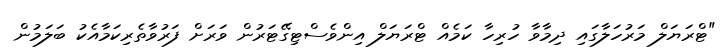
"ޓްރަޔަލް މަރުހަލާގައި ދިމާވާ ހުރިހާ ކަމެއް ޓްރަޔަލް އިންވެސްޓިގޭޓަރުން ވަރަށް ފަރުވާތެރިކަމާއެކު ބަލަމުން